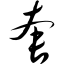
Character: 套